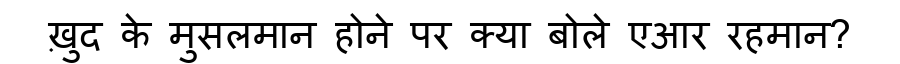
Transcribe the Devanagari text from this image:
ख़ुद के मुसलमान होने पर क्या बोले एआर रहमान?